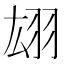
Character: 翃